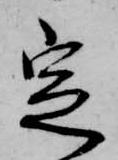
定